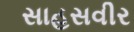
સાહસવીર